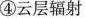
④云层辐射